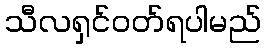
သီလရှင်ဝတ်ရပါမည်